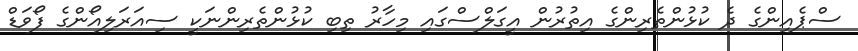
ސްޕެއިންގެ ދެ ކުޅުންތެރިންގެ އިތުރުން އީގަލްސްގައި މިހާރު ތިބި ކުޅުންތެރިންނަކީ ސިއަރަލިއޯންގެ ފޯވަޑް